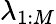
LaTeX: \lambda_{1:M}